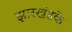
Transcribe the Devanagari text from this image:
झारखंडके